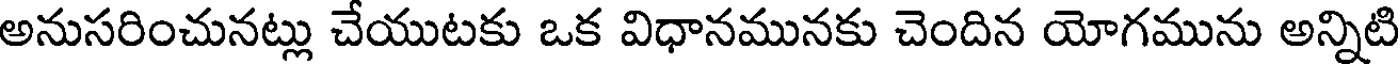
అనుసరించునట్లు చేయుటకు ఒక విధానమునకు చెందిన యోగమును అన్నిటి